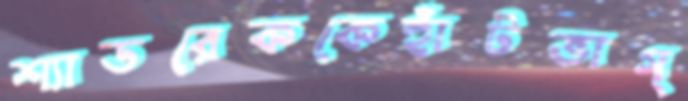
শ্যাডরেককেহাঁটভাগ্